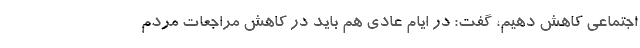
اجتماعی کاهش دهیم، گفت: در ایام عادی هم باید در کاهش مراجعات مردم